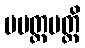
မမတ္တမတ္ထိ